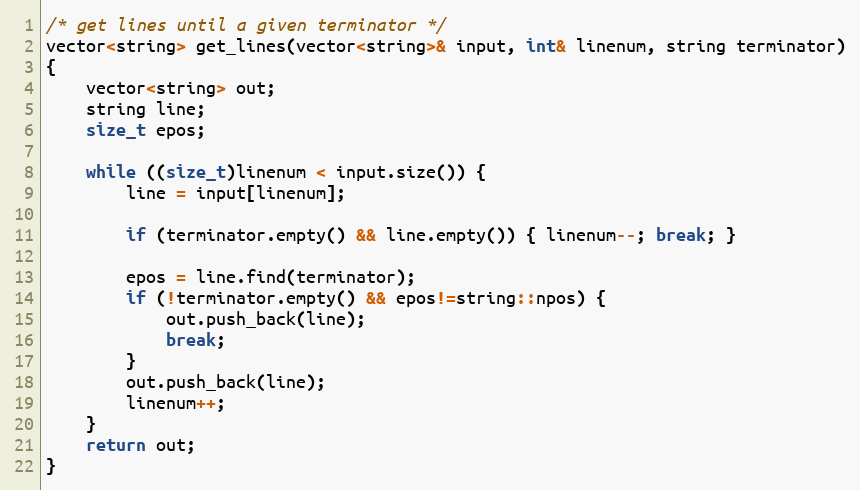
Language: C++
/* get lines until a given terminator */
vector<string> get_lines(vector<string>& input, int& linenum, string terminator)
{
    vector<string> out;
    string line;
    size_t epos;

    while ((size_t)linenum < input.size()) {
        line = input[linenum];

        if (terminator.empty() && line.empty()) { linenum--; break; }

        epos = line.find(terminator);
        if (!terminator.empty() && epos!=string::npos) {
            out.push_back(line);
            break;
        }
        out.push_back(line);
        linenum++;
    }
    return out;
}